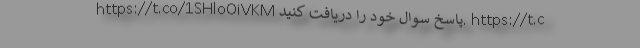
https://t.co/1SHloOiVKM پاسخ سوال خود را دریافت کنید. https://t.c